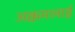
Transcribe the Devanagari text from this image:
अक्कमलाई